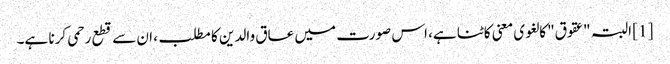
[1] البتہ "عقوق" کا لغوی معنی کاٹنا ہے، اس صورت میں عاق والدین کا مطلب، ان سے قطع رحمی کرنا ہے۔